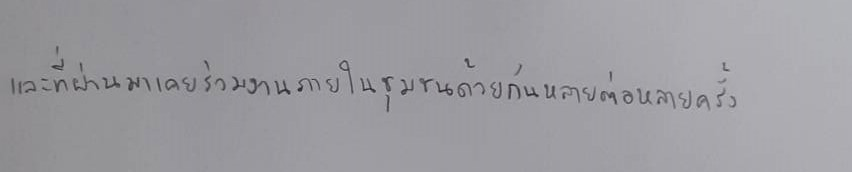
และที่ผ่านมาเคยร่วมงานภายในชุมชนด้วยกันหลายต่อหลายครั้ง